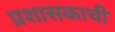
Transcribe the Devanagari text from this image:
प्रशासकाची